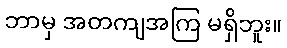
ဘာမှ အတကျအကြ မရှိဘူး။